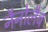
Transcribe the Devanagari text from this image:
नैनोलैब